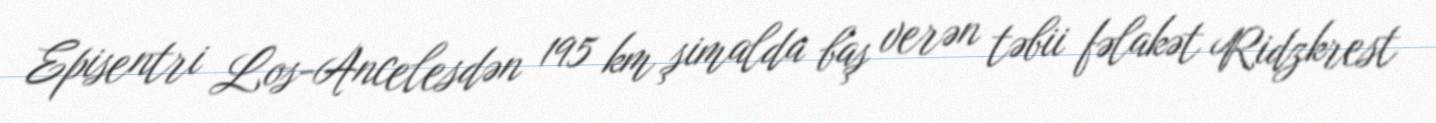
Episentri Los-Ancelesdən 195 km şimalda baş verən təbii fəlakət Ridzkrest